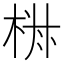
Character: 𣒏